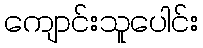
ကျောင်းသူပေါင်း